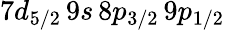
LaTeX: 7d_{5/2}\, 9s\, 8p_{3/2}\, 9p_{1/2}